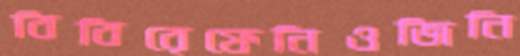
বিবিরেফেনিওজিনি